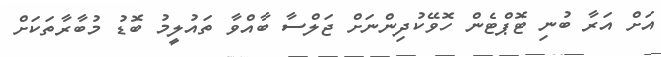
އަށް އަރާ ބުނި ޓޮޕްޓެން ހޮވޭކުދިންނަށް ޖަލްސާ ބާއްވާ ތައުލީމު ބޮޑު މުބާރާތަކަށް